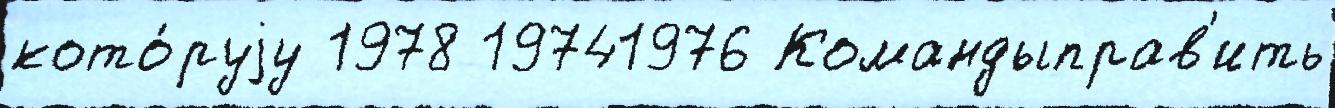
кото́руjу 1978 19741976 Командыправ'ить